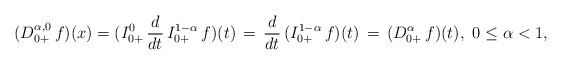
\begin{align*}(D^{\alpha,0}_{0+}\, f)(x) = (I_{0+}^{0}\, \frac{d}{dt}\, I_{0+}^{1-\alpha}\, f)(t)\, = \, \frac{d}{dt}\, (I_{0+}^{1-\alpha}\, f)(t)\, = \,(D^\alpha_{0+}\, f)(t),\ 0 \le \alpha < 1,\end{align*}